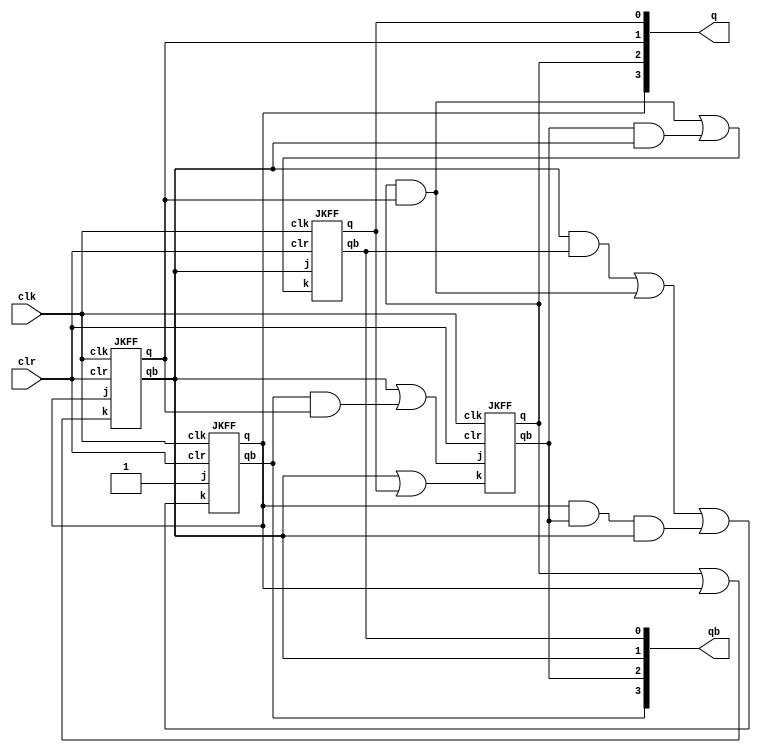
/*0000-1101-1011-1001-0110-1100-0011-1111-0000*/

module synchronous_counter_new(q, qb, clr, clk);

input clr, clk;

output[3:0] q, qb;

wire j0, k0, j1, k1, j2, k2, j3, k3;

    assign j0 = qb[1];
    assign k0 = (q[2]&q[1])|(qb[2]&qb[1]);

JKFF jk0(q[0], qb[0], j0, k0, clr, clk);
    assign j1 = q[3];
    assign k1 = q[2]|q[3];
JKFF jk1(q[1], qb[1], j1, k1, clr, clk);
    assign j2 = qb[1]|(qb[3]&q[1]);
    assign k2 = qb[1]|q[0];
JKFF jk2(q[2], qb[2], j2, k2, clr, clk);
    assign j3 = 1'b1;
    assign k3 = (qb[1]&qb[0])|(q[2]&q[1])|(q[3]&qb[2]&qb[1]);
JKFF jk3(q[3], qb[3], j3, k3, clr, clk);


endmodule

module JKFF(q, qb, j, k, clr, clk);

input clk, j,k,clr;
output q, qb;
wire a,b,c,d;

nand(a, j, qb, clk, clr);
nand(b, q, k, clk);
nand(c, a, d);
nand(d, b, c, clr);

not(cb, clk);

nand(e, cb, c);
nand(f, cb, d);
nand(q, e, qb);
nand(qb, f, clr, q);

endmodule